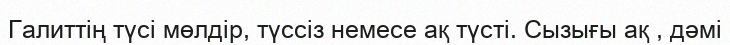
Галиттің түсі мөлдір, түссіз немесе ақ түсті. Сызығы ақ , дәмі